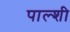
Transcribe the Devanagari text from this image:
पाल्शी